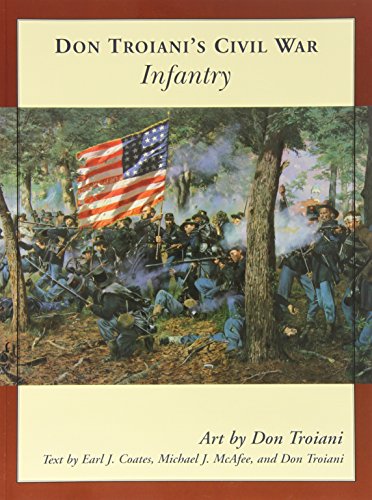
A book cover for Don Troiani's Civil War Infantry (Don Troiani's Civil War Series); Earl J. Coates; History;